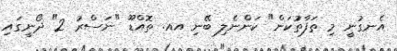
އެނގުނީ މި ތަފާތުކަން" ކަންނެލި ބޭނި އއ. ތޮއްޑޫ "ނަސްރު 2" ދޯނީގައި